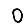
Digit: 0